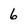
Character: 6